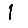
Digit: 1